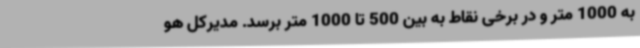
به 1000 متر و در برخی نقاط به بین 500 تا 1000 متر برسد. مدیرکل هو